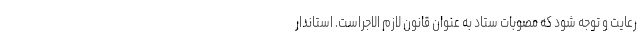
رعایت و توجه شود که مصوبات ستاد به عنوان قانون لازم الاجراست. استاندار